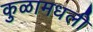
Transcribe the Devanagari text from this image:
कुळामधली